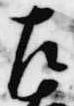
左